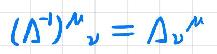
$(\Lambda^{-1})^{\mu}{}_{\nu}=\Lambda_{\nu}{}^{\mu}$